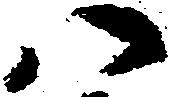
八